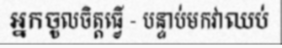
អ្នកចូលចិត្តធ្វើ - បន្ទាប់មកវាឈប់